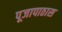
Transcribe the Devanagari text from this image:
पूजापाठास